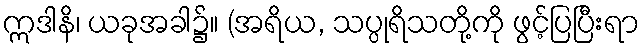
ဣဒါနိ၊ ယခုအခါ၌။ (အရိယ, သပ္ပုရိသတို့ကို ဖွင့်ပြပြီးရာ